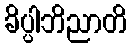
ခိပ္ပါဘိညာတိ